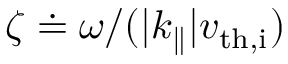
\zeta \doteq \omega / ( | k _ { \parallel } | v _ { \mathrm { t h , i } } )